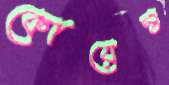
কোয়েন্ত